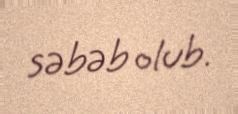
səbəb olub.